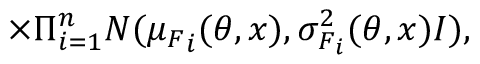
\; \, \; \; \; \; \; \; \; \, \; \; \; \; \; \times \Pi _ { i = 1 } ^ { n } N ( \boldsymbol { \mu _ { \boldsymbol { F } } } _ { i } ( \boldsymbol { \theta } , \boldsymbol { x } ) , \sigma _ { \boldsymbol { F } _ { i } } ^ { 2 } ( \boldsymbol { \theta } , \boldsymbol { x } ) I ) ,